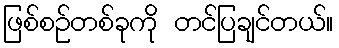
ဖြစ်စဉ်တစ်ခုကို တင်ပြချင်တယ်။